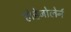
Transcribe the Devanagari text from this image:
होहेजोलेर्न